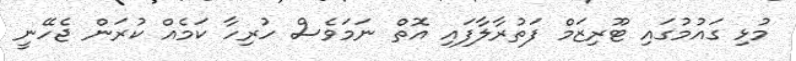
މުޅި ގައުމުގައި ޓޫރިޒަމް ފަތުރާލާފައި އޮތް ނަމަވެސް ހުރިހާ ކަމެއް ކުރަން ޖެހޭނީ